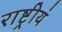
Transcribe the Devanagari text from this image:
राष्ट्रीयं